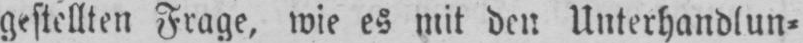
Frage, wie es mit den Unterhandlun⸗